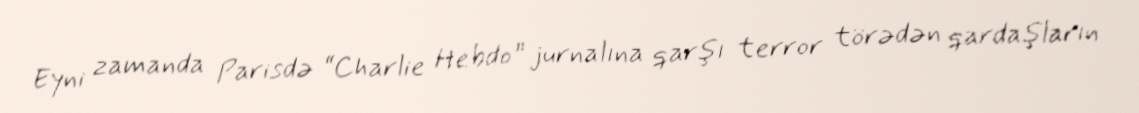
Eyni zamanda Parisdə “Charlie Hebdo” jurnalına qarşı terror törədən qardaşların